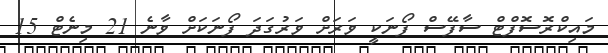
މައިކްރޮސޮފްޓް ސާފޭސް ފޯނަކީ ވަރަށް ވަރުގަދަ ފޯނަކަށް ވާނެ 21 މިނެޓް 15